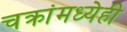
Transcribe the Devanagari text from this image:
चक्रांमध्येही